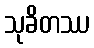
သုခိတဿ